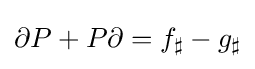
\partial P+P\partial =f_{\sharp }-g_{\sharp }